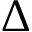
\Delta